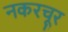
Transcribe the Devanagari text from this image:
नकरचूर